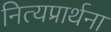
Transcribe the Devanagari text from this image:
नित्यप्रार्थना